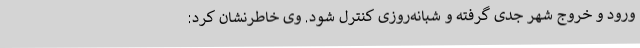
ورود و خروج شهر جدی گرفته و شبانه‌روزی کنترل شود. وی خاطرنشان کرد: